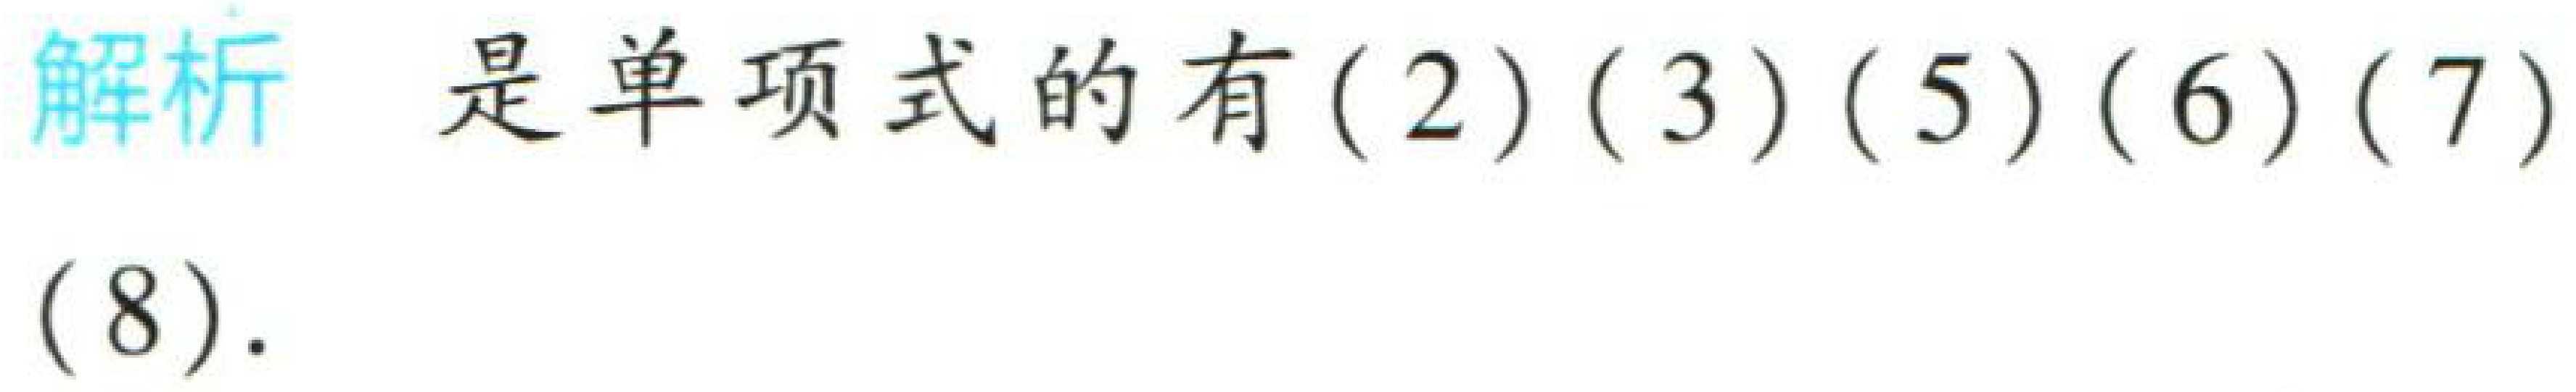
解析 是单项式的有\((2)(3)(5)(6)(7)(8)\)